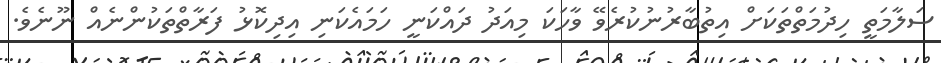
ސަލާމަތީ ހިދުމަތްތަކަށް އިތުބާރުނުކުރެވޭ ވާހަކަ މިއަދު ދައްކަނީ ހަމައެކަނި އިދިކޮޅު ފަރާތްތަކުންނެއް ނޫނެވެ.